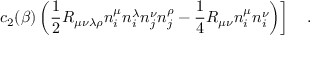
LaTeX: \left. c _ { 2 } ( \beta ) \left( \frac 1 2 R _ { \mu \nu \lambda \rho } n _ { i } ^ { \mu } n _ { i } ^ { \lambda } n _ { j } ^ { \nu } n _ { j } ^ { \rho } - \frac 1 4 R _ { \mu \nu } n _ { i } ^ { \mu } n _ { i } ^ { \nu } \right) \right] ~ ~ ~ .